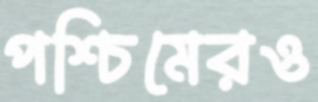
পশ্চিমেরও